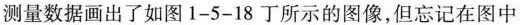
测量数据画出了如图1-5-18丁所示的图像，但忘记在图中